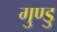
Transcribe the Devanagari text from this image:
गुण्डु